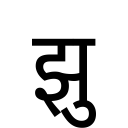
OCR:
झु